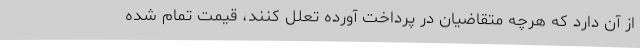
از آن دارد که هرچه متقاضیان در پرداخت آورده تعلل کنند، قیمت تمام شده